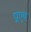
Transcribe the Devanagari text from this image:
प्राएय